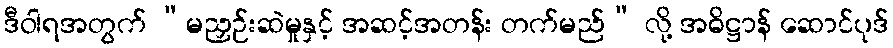
ဒီဝါရအတွက် “မညှဉ်းဆဲမှုနှင့် အဆင့်အတန်း တက်မည်” လို့ အဓိဋ္ဌာန် ဆောင်ပုဒ်